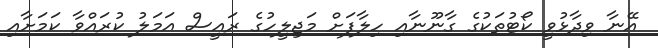
އޭނާ ވިދާޅުވީ ކޯޓުތަކުގެ ގާނޫނާއި ހިލާފަށް މަޖިލީހުގެ ރައީސް އަމަލު ކުރައްވާ ކަމަށާއި